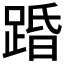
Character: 𮛨